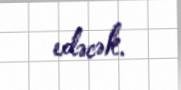
edəcək.